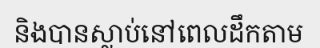
និងបានស្លាប់នៅពេលដឹកតាម